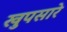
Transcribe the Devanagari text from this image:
खुपसारे